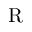
\mathrm { R }